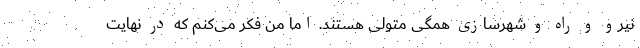
نیرو و راه و شهرسازی همگی متولی هستند. اما من فکر می‌کنم که در نهایت